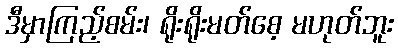
ဒီမှာကြည့်စမ်း၊ ရိုးရိုးမတ်စေ့ မဟုတ်ဘူး